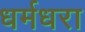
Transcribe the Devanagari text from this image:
धर्मधरा